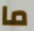
ما